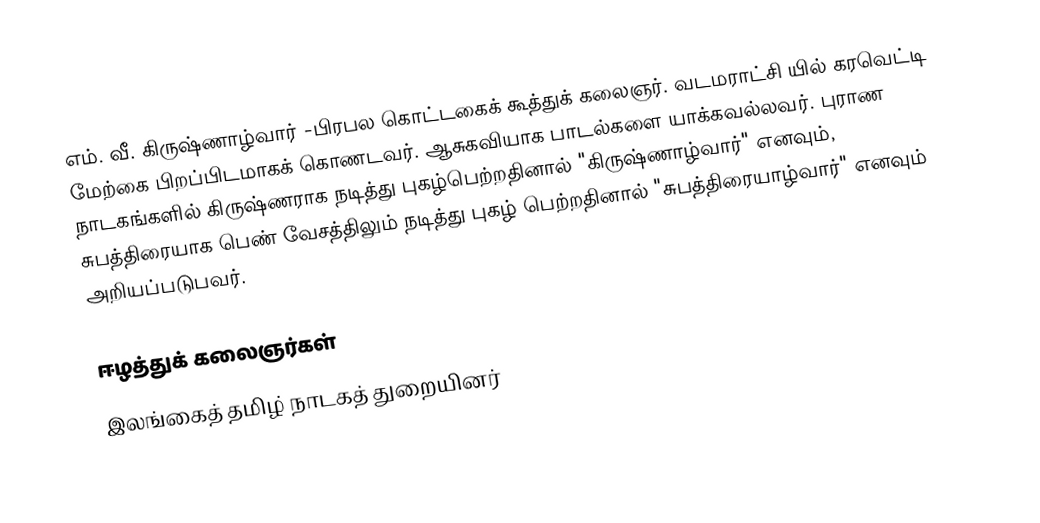
எம். வீ. கிருஷ்ணாழ்வார் -பிரபல கொட்டகைக் கூத்துக் கலைஞர்.  வடமராட்சி யில் கரவெட்டி மேற்கை பிறப்பிடமாகக் கொணடவர். ஆசுகவியாக பாடல்களை யாக்கவல்லவர். புராண நாடகங்களில் கிருஷ்ணராக நடித்து புகழ்பெற்றதினால் "கிருஷ்ணாழ்வார்" எனவும், சுபத்திரையாக பெண் வேசத்திலும் நடித்து புகழ் பெற்றதினால் "சுபத்திரையாழ்வார்" எனவும் அறியப்படுபவர்.

ஈழத்துக் கலைஞர்கள்
இலங்கைத் தமிழ் நாடகத் துறையினர்